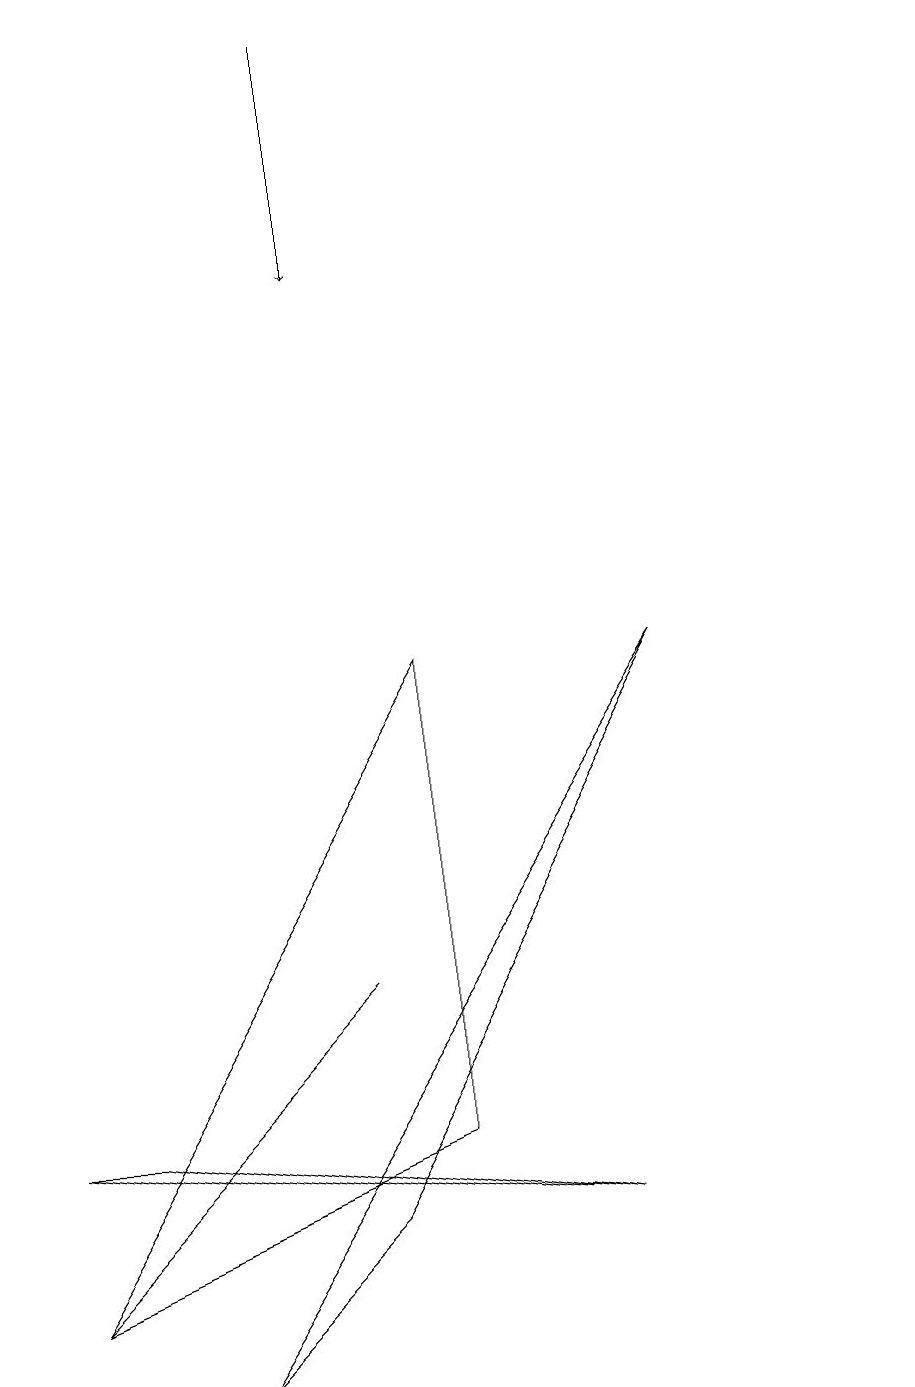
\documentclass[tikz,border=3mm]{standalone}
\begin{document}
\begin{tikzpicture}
\draw (11,12) circle (0);
\draw (8,9) -- (2,0) -- (4,2) -- cycle;
\draw[->] (4,17) -- (4,14);
\draw (5,9) -- (0,1) -- (5,3) -- cycle;
\draw (0,3) -- (1,3) -- (7,2) -- cycle;
\draw (1,2) -- (4,5) -- (0,1) -- cycle;
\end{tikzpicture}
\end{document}